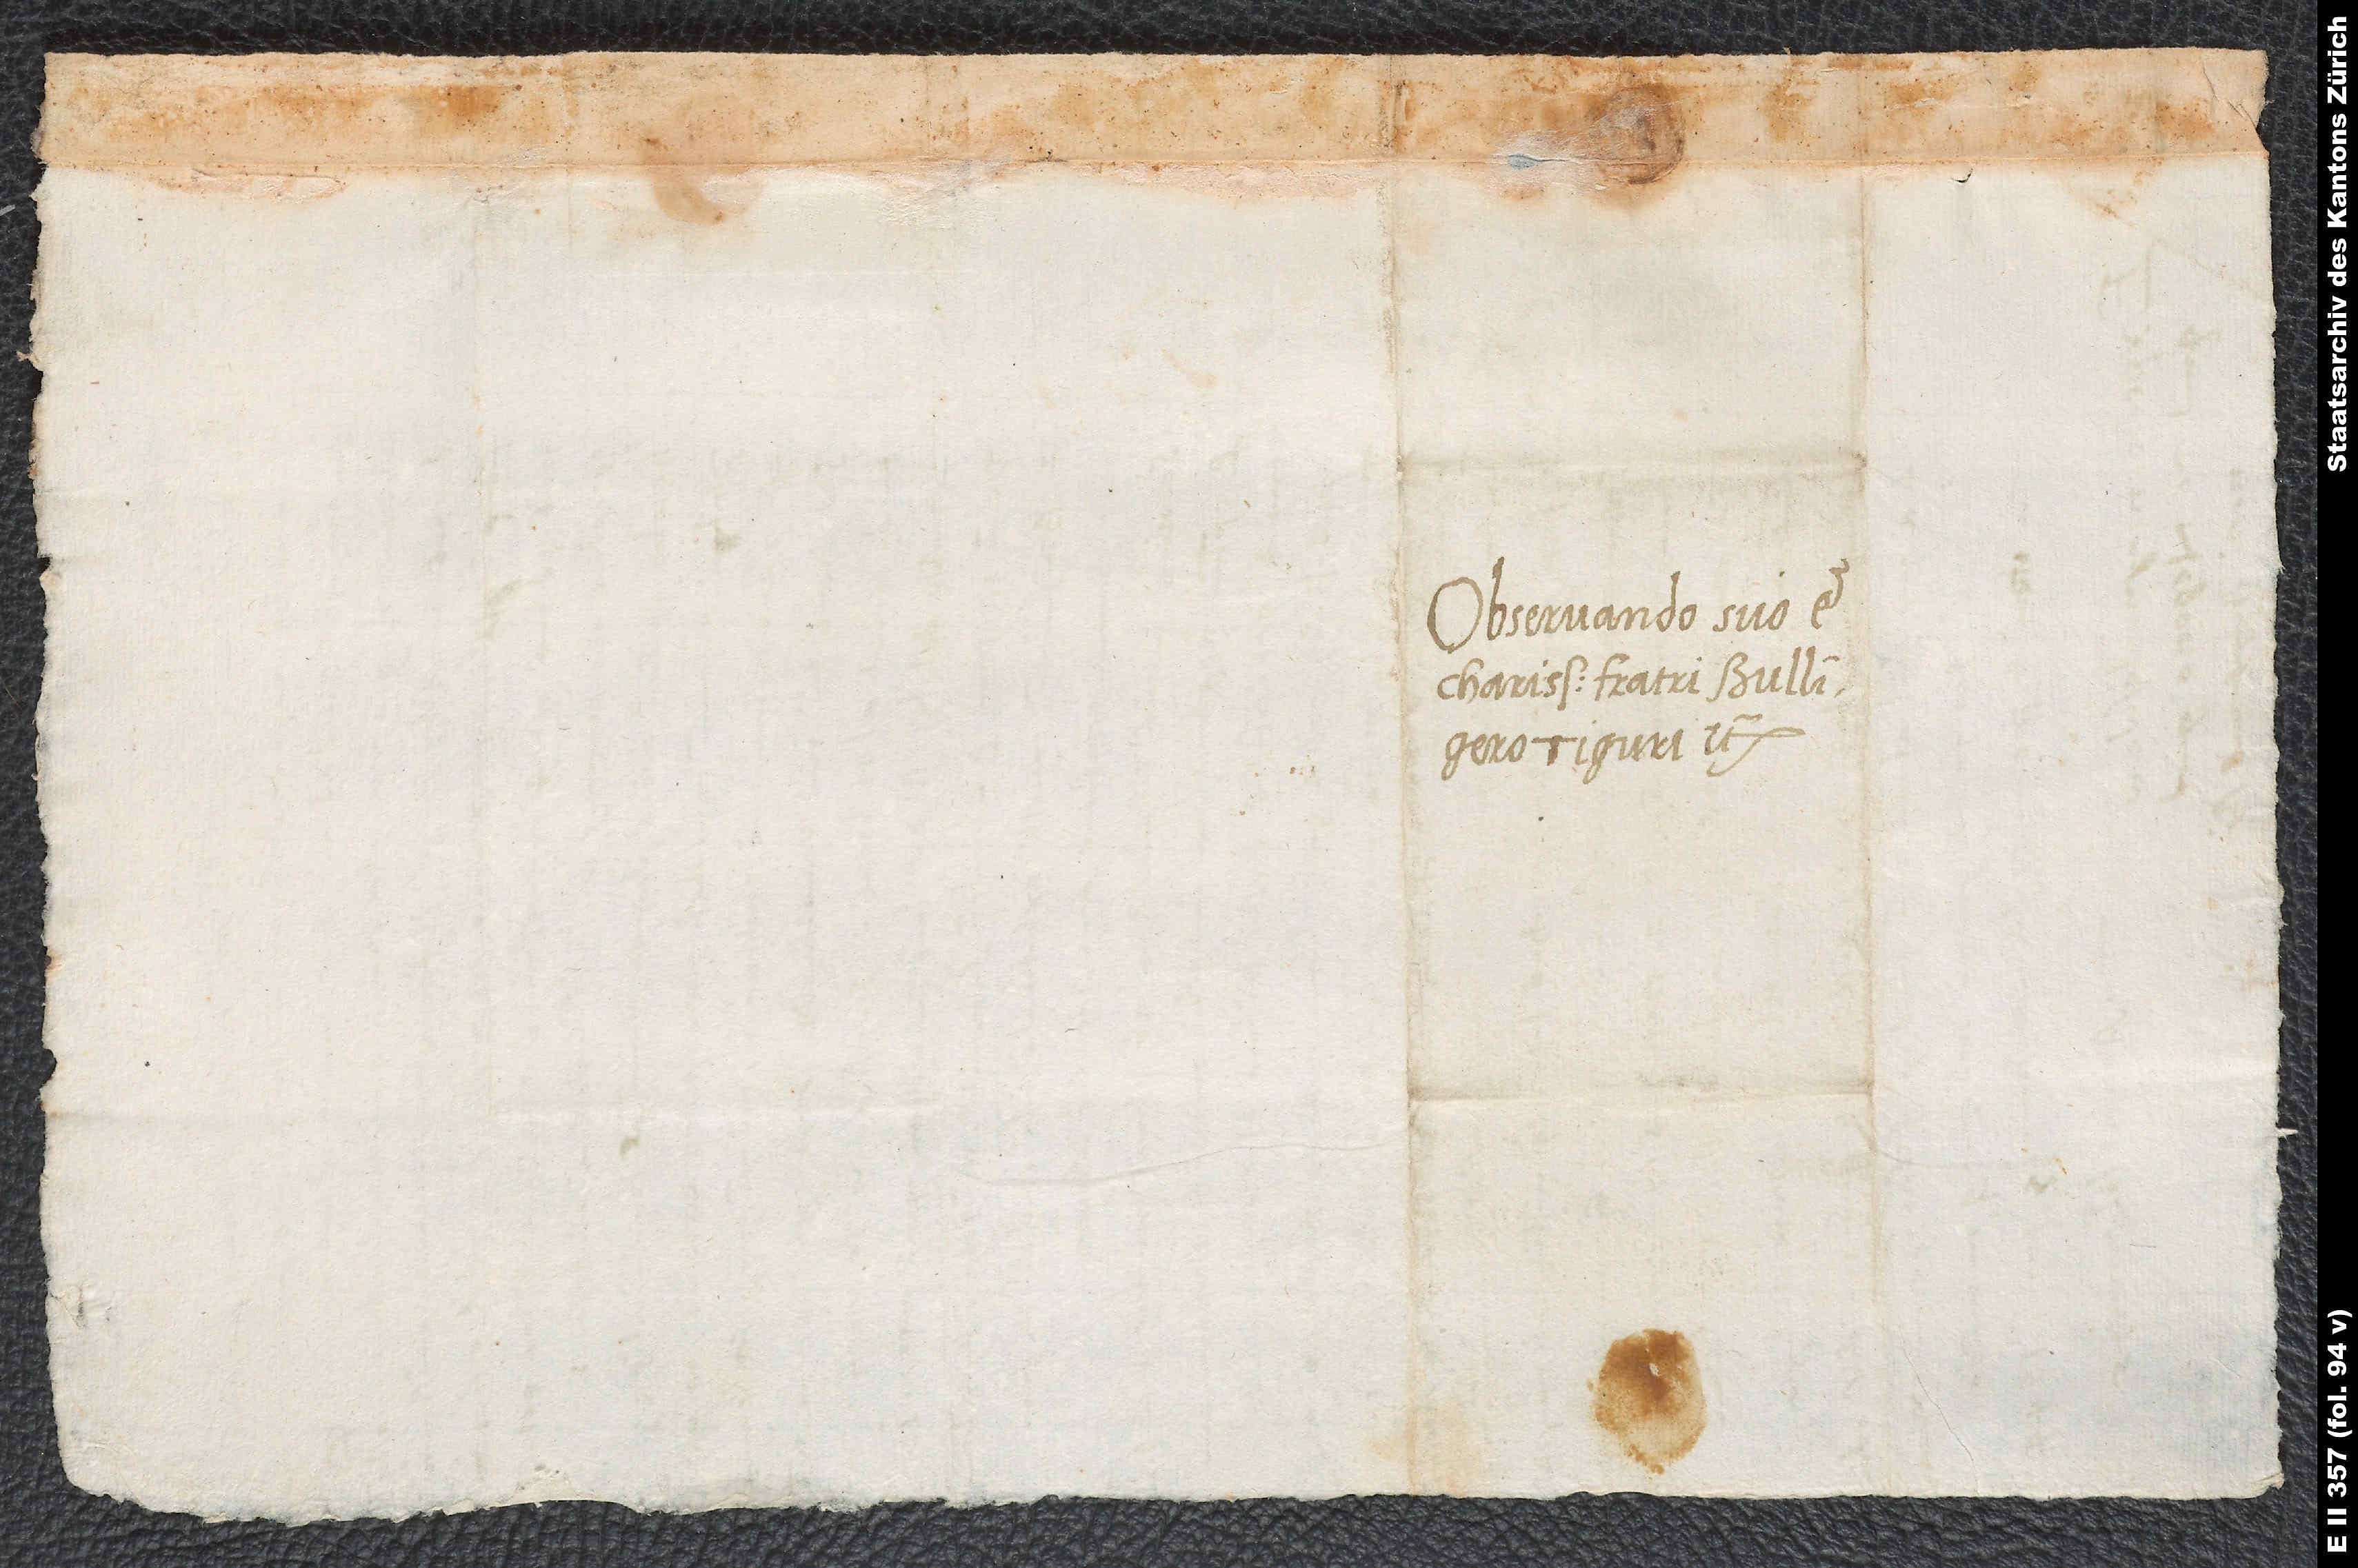
Observando suo et
charissimo fratri Bullingero.
Tiguri etc.